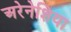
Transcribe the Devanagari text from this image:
अरेनेशिया